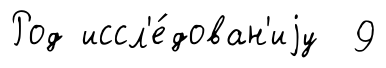
Род иссл'е́дован'иjу 9